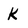
Character: k